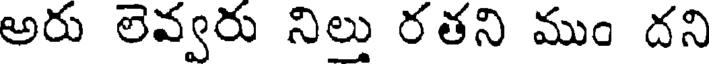
అరు లెవ్వరు నిలు రతని ముం దని